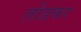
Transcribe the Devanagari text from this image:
तोंडकर